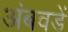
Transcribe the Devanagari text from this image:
अंबवडें